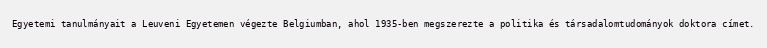
Egyetemi tanulmányait a Leuveni Egyetemen végezte Belgiumban, ahol 1935-ben megszerezte a politika és társadalomtudományok doktora címet.